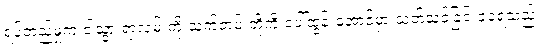
ရပ်တည်မှုက ငါသွားရာလမ်းကို သက်တမ်းတို့ကို ပေါ်ထွန်းအောင်မှာ သုတ်သင်ခြင်းခံခဲ့ရသည်